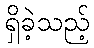
ရှိခဲ့သည့်